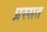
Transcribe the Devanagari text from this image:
प्रस्सत